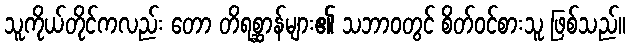
သူကိုယ်တိုင်ကလည်း တော တိရစ္ဆာန်များ၏ သဘာဝတွင် စိတ်ဝင်စားသူ ဖြစ်သည်။